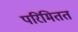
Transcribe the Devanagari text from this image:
परिमितत